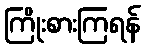
ကြိုးစားကြရန်